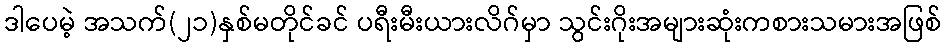
ဒါပေမဲ့ အသက်(၂၁)နှစ်မတိုင်ခင် ပရီးမီးယားလိဂ်မှာ သွင်းဂိုးအများဆုံးကစားသမားအဖြစ်